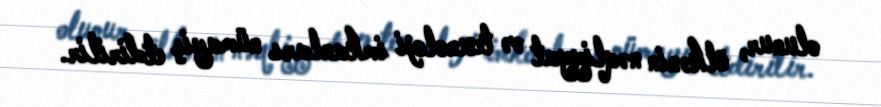
olunur, ölkənin nəqliyyat və texnoloji imkanları nümayiş etdirilir.